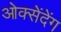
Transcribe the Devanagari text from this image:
ओक्सेंदेंग